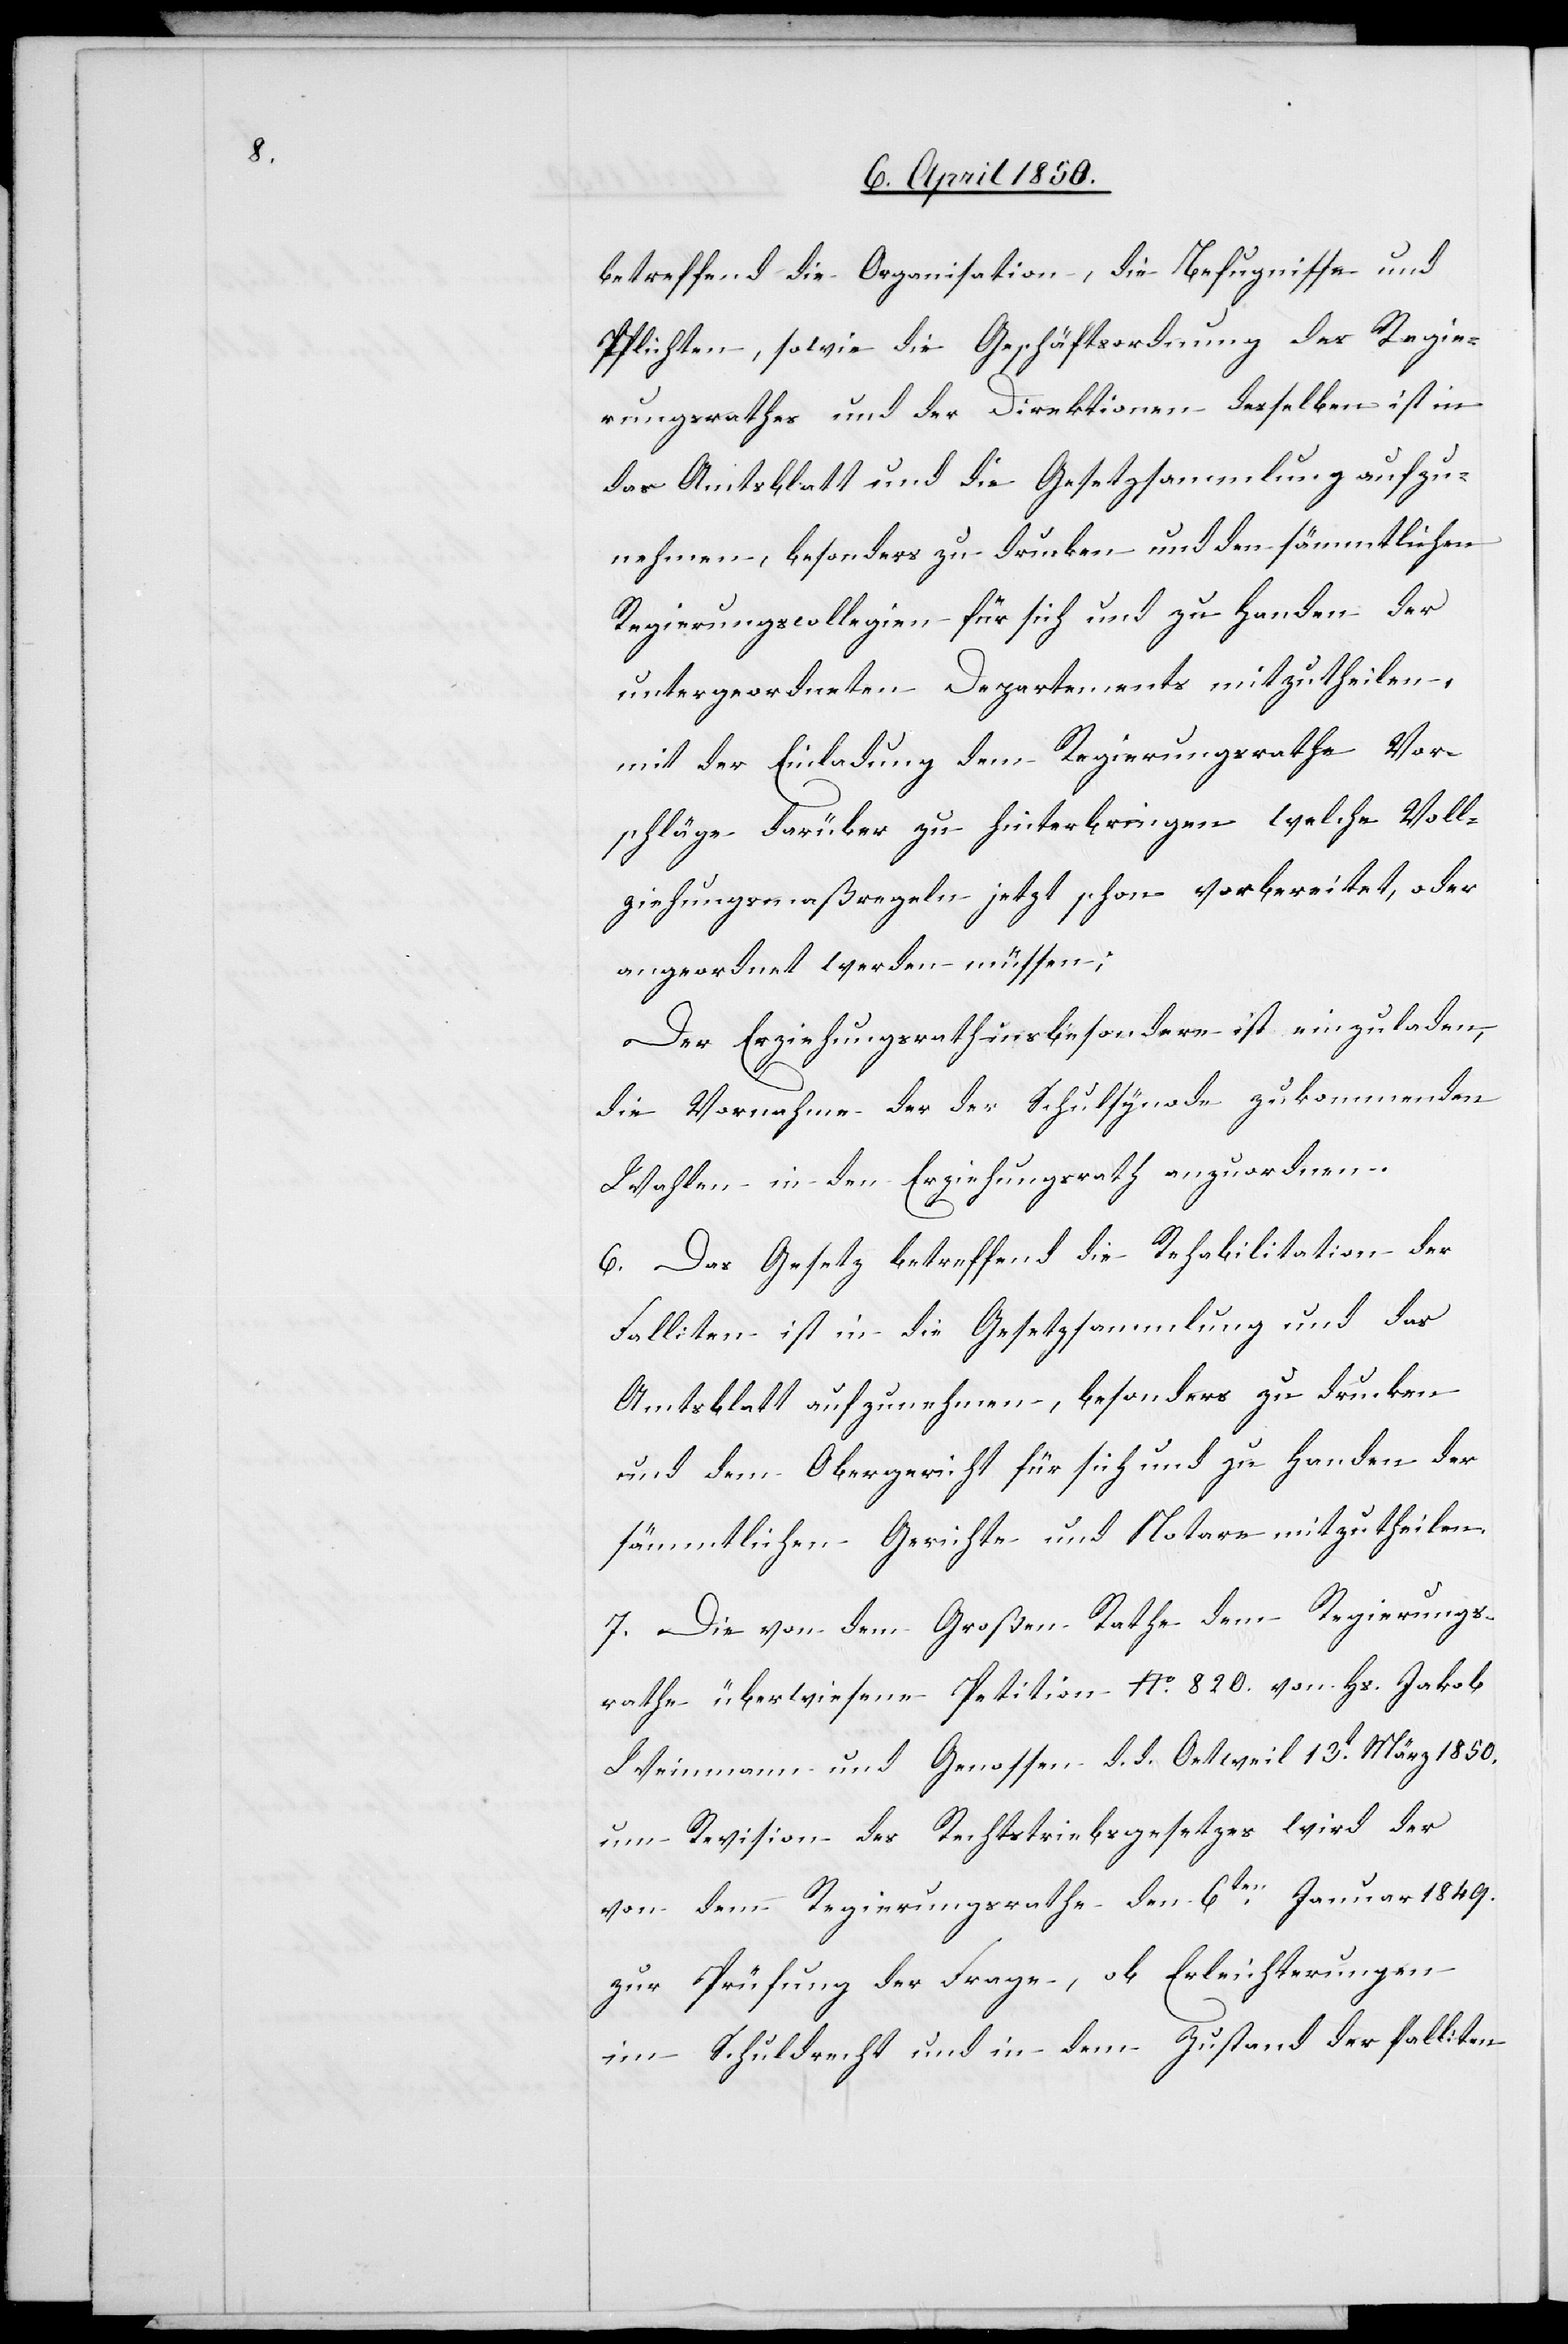
betreffend die Organisation, die Befugnisse und
Pflichten, sowie die Geschäftsordnung des Regie¬
rungsrathes und der Direktionen desselben ist in
das Amtsblatt und die Gesetzsammlung aufzu¬
nehmen, besonders zu drucken und den sämmtlichen
Regierungscollegien für sich und zu Handen der
untergeordneten Departements mitzutheilen,
mit der Einladung dem Regierungsrathe Vor¬
schläge darüber zu hinterbringen welche Voll¬
ziehungsmaßregeln jetzt schon vorbereitet, oder
angeordnet werden müssen;
Der Erziehungsrath insbesondere ist einzuladen,
die Vornahme der der Schulsynode zukommenden
Wahlen in den Erziehungsrath anzuordnen.
6. Das Gesetz betreffend die Rehabilitation der
Falliten ist in die Gesetzsammlung und das
Amtsblatt aufzunehmen, besonders zu drucken
und dem Obergericht für sich und zu Handen der
sämmtlichen Gerichte und Notare mitzutheilen.
7. Die von dem Großen Rathe dem Regierungs¬
rathe überwiesene Petition No. 820. von Hs. Jakob
Weinmann und Genossen d. d. Oetweil 13t März 1850.
um Revision des Rechtstriebsgesetzes wird der
von dem Regierungsrathe den 6ten Januar 1849.
zur Prüfung der Frage, ob Erleichterungen
im Schuldrecht und in dem Zustand der faktischen